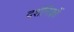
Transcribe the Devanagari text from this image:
दर्शनिकों